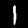
Label: 1